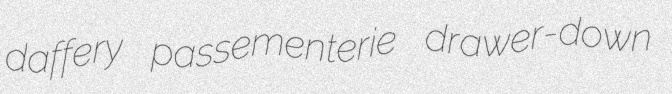
daffery passementerie drawer-down